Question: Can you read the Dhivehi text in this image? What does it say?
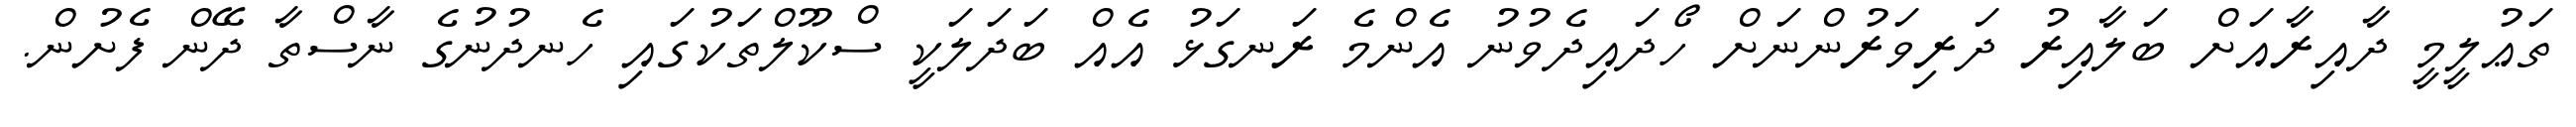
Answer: ތަޢުލީމީ ދާއިރާއަށް ބަލާއިރު ދަރިވަރުންނަށް ހޯދައިދެވުނު އެންމެ ރަނގަޅު އެއް ބަދަލަކީ ސްކޫލްތަކުގައި ހެނދުނުގެ ނާސްތާ ދޭން ފެށުން.